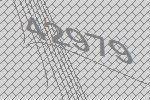
42979